画像に写った文字を読んでください
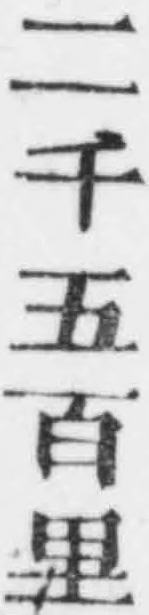
「二千五百里」と書いてあります